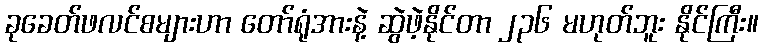
ခုခေတ်ဖလင်စများဟာ တော်ရုံအားနဲ့ ဆွဲဖဲ့နိုင်တာ ၂၃၆ မဟုတ်ဘူး နိုင်ကြီး။